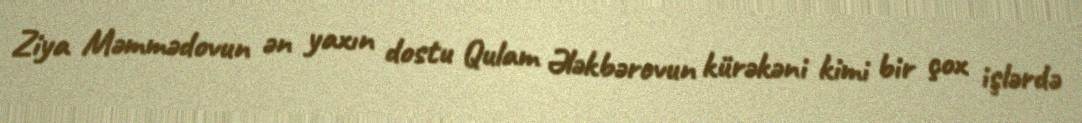
Ziya Məmmədovun ən yaxın dostu Qulam Ələkbərovun kürəkəni kimi bir çox işlərdə